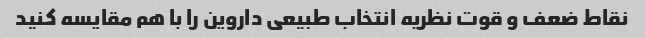
نقاط ضعف و قوت نظریه انتخاب طبیعی داروین را با هم مقایسه کنید